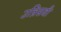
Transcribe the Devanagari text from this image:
उन्निसवी